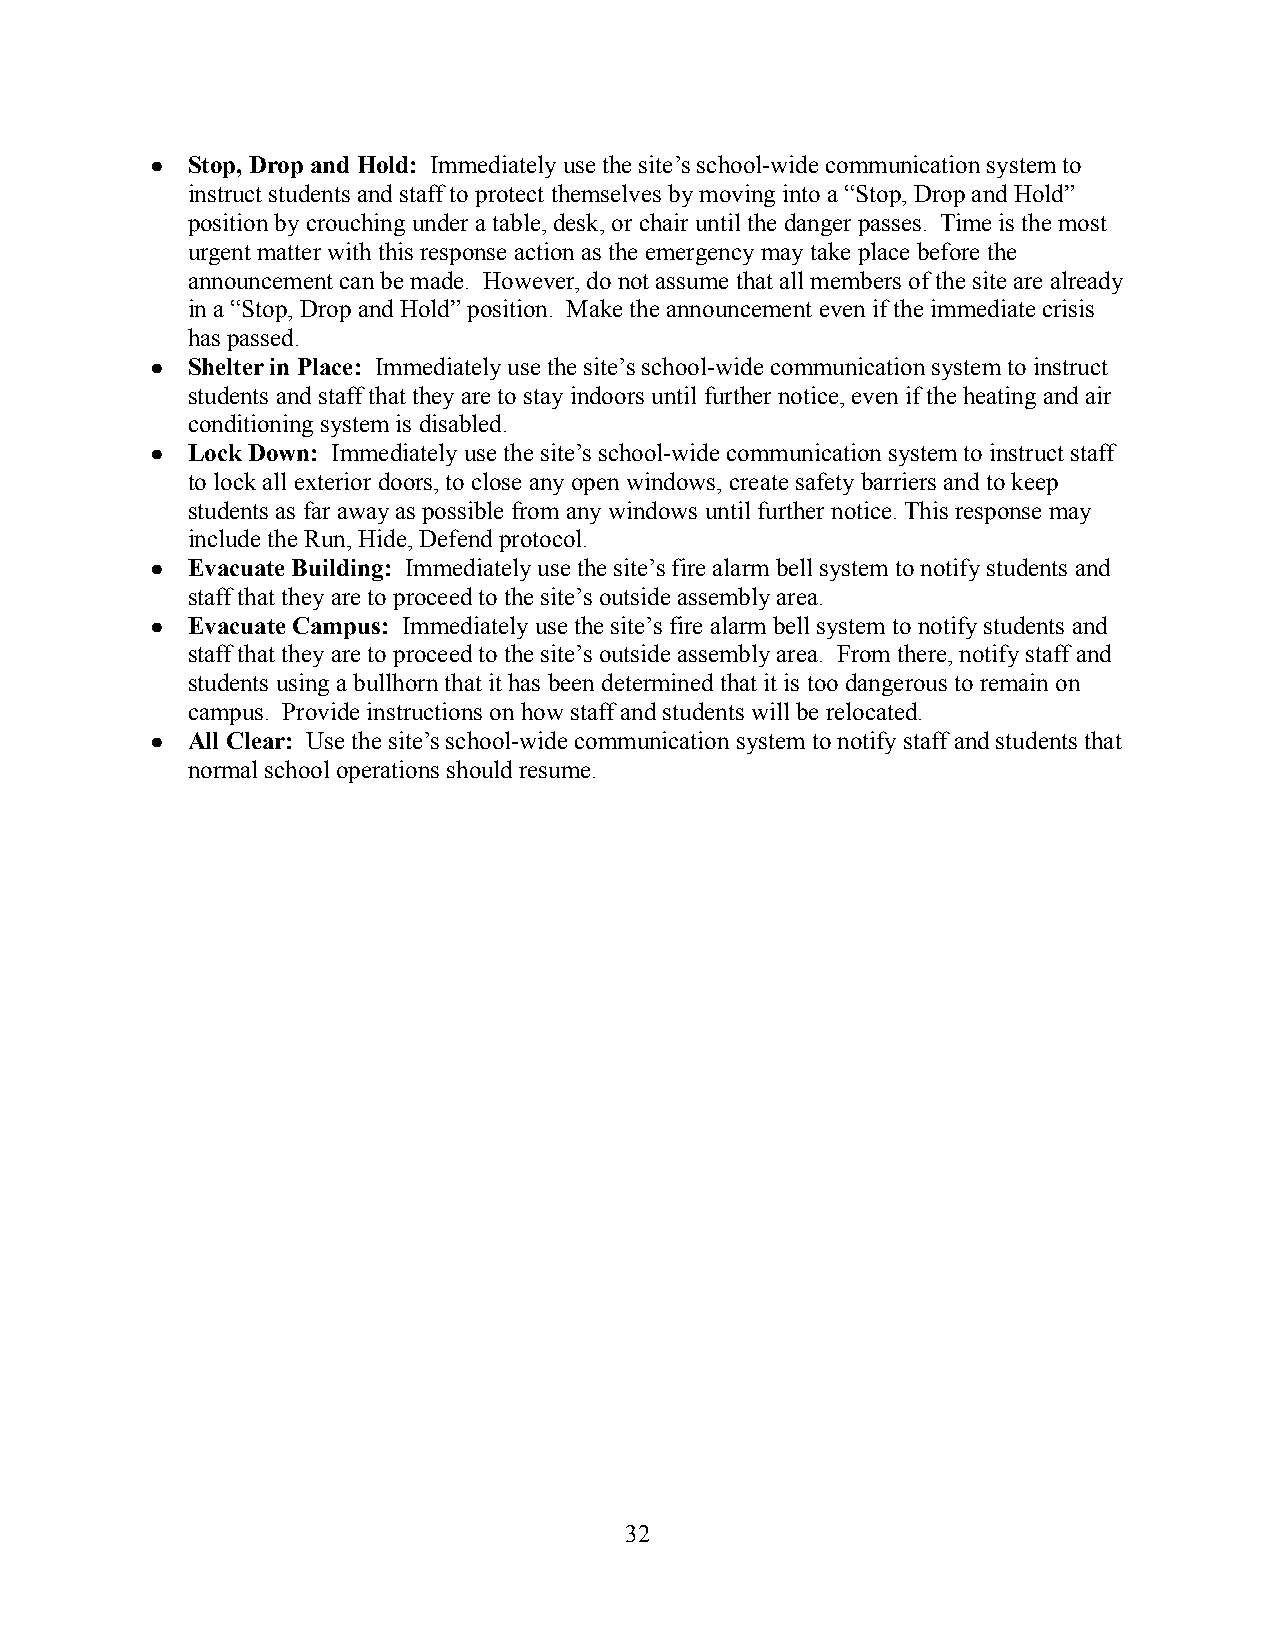
● Stop, Drop and Hold: Immediately use the site’s school-wide communication system to
 instruct students and staff to protect themselves by moving into a “Stop, Drop and Hold”
 position by crouching under a table, desk, or chair until the danger passes. Time is the most
 urgent matter with this response action as the emergency may take place before the
 announcement can be made. However, do not assume that all members of the site are already
 in a “Stop, Drop and Hold” position. Make the announcementeven if the immediate crisis
 has passed.
 ● Shelter in Place: Immediately use the site’s school-wide communication system to instruct
 students and staff that they are to stay indoors untilfurther notice, even if the heating and air
 conditioning system is disabled.
 ● Lock Down: Immediately use the site’s school-wide communication system to instruct staff
 to lock all exterior doors, to close any open windows,create safety barriers and to keep
 students as far away as possible from any windows until further notice. This response may
 include the Run, Hide, Defend protocol.
 ● Evacuate Building: Immediately use the site’s fire alarm bell system to notify students and
 staff that they are to proceed to the site’s outside assembly area.
 ● Evacuate Campus: Immediately use the site’s firealarm bell system to notify students and
 staff that they are to proceed to the site’s outside assembly area. From there, notify staff and
 students using a bullhorn that it has been determinedthat it is too dangerous to remain on
 campus. Provide instructions on how staff and studentswill be relocated.
 ● All Clear: Use the site’s school-wide communicationsystem to notify staff and students that
 normal school operations should resume.
 32